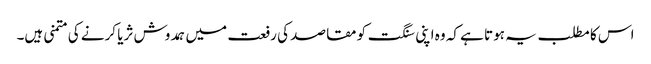
اس کا مطلب یہ ہوتا ہے کہ وہ اپنی سنگت کو مقاصد کی رفعت میں ہمدوش ثریا کرنے کی متمنی ہیں۔